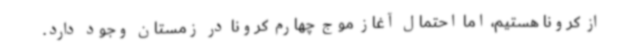
از کرونا هستیم، اما احتمال آغاز موج چهارم کرونا در زمستان وجود دارد.